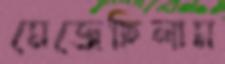
মেজেছিলাম